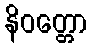
နိဝတ္တော